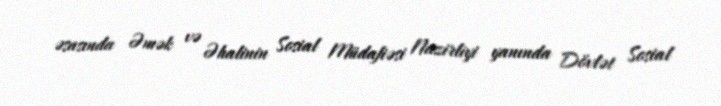
əsasında Əmək və Əhalinin Sosial Müdafiəsi Nazirliyi yanında Dövlət Sosial